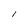
Character: l